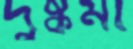
দুষ্কর্মা